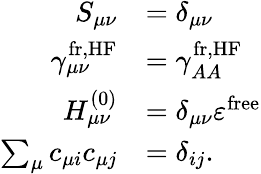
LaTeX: \begin{array}{rl}{S_{\mu\nu}}&{=\delta_{\mu\nu}}\\ {\gamma_{\mu\nu}^{\mathrm{fr,HF}}}&{=\gamma_{AA}^{\mathrm{fr,HF}}}\\ {H_{\mu\nu}^{(0)}}&{=\delta_{\mu\nu}\varepsilon^{\mathrm{free}}}\\ {\sum_{\mu}c_{\mu i}c_{\mu j}}&{=\delta_{ij}.}\end{array}